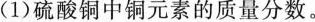
(1)硫酸铜中铜元素的质量分数。